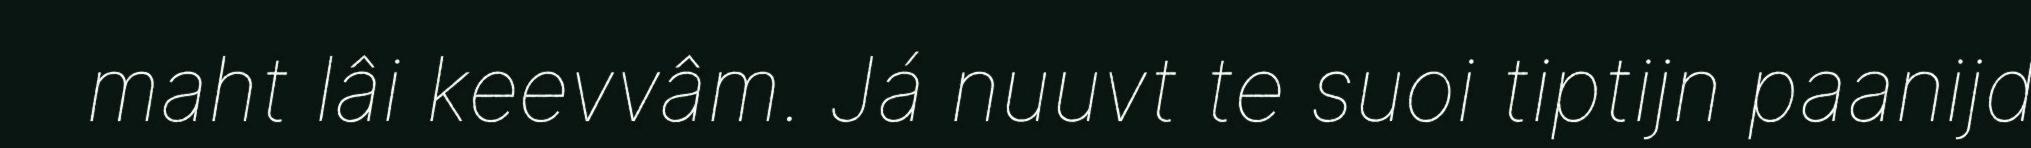
maht lâi keevvâm. Já nuuvt te suoi tiptijn paanijd